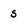
Character: s